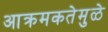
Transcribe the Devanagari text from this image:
आक्रमकतेमुळे